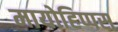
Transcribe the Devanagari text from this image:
मायोहिप्पस